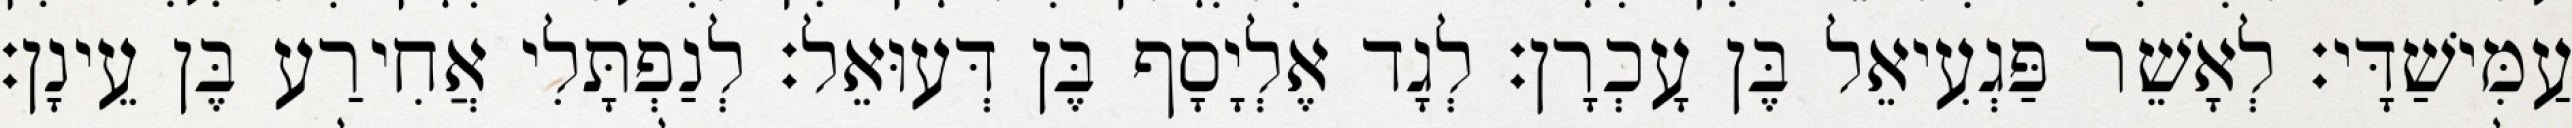
עַמִּישַׁדָּי׃ לְאָשֵׁר פַּגְעִיאֵל בֶּן עָכְרָן׃ לְגָד אֶלְיָסָף בֶּן דְּעוּאֵל׃ לְנַפְתָּלִי אֲחִירַע בֶּן עֵינָן׃